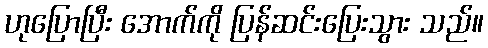
ဟုပြောပြီး အောက်ကို ပြန်ဆင်းပြေးသွား သည်။